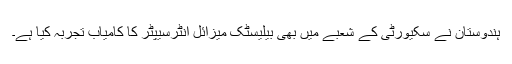
ہندوستان نے سکیورٹی کے شعبے میں بھی بیلیسٹک میزائل انٹرسیپٹر کا کامیاب تجربہ کیا ہے۔